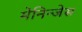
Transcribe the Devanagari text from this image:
मेनिन्जेस